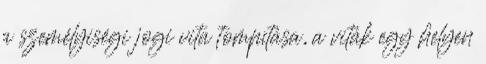
a személyiségi jogi vita tompítása, a viták egy helyen